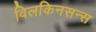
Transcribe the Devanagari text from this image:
विलकिनसन्स